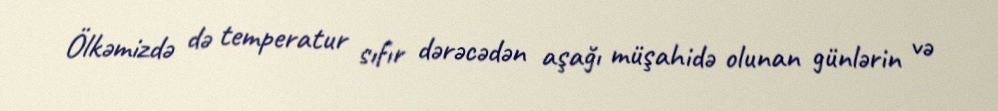
Ölkəmizdə də temperatur sıfır dərəcədən aşağı müşahidə olunan günlərin və